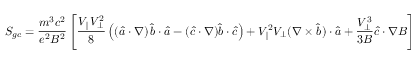
S _ { g c } = \frac { m ^ { 3 } c ^ { 2 } } { e ^ { 2 } B ^ { 2 } } \left[ \frac { V _ { \parallel } V _ { \perp } ^ { 2 } } { 8 } \left( \left( \hat { a } \boldsymbol { \cdot } \nabla \right) \hat { b } \boldsymbol { \cdot } \hat { a } - ( \hat { c } \boldsymbol { \cdot } \nabla ) \hat { b } \boldsymbol { \cdot } \hat { c } \right) + V _ { \parallel } ^ { 2 } V _ { \perp } ( \nabla \times \hat { b } ) \boldsymbol { \cdot } \hat { a } + \frac { V _ { \perp } ^ { 3 } } { 3 B } \hat { c } \boldsymbol { \cdot } \nabla B \right] .